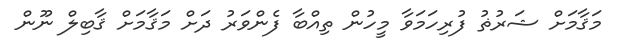
މަޤާމަށް ޝަރުޡު ފުރިހަމަވާ މީހުން ތިއްބާ ފެންވަރު ދަށް މަޤާމަށް ޤާބިލް ނޫން